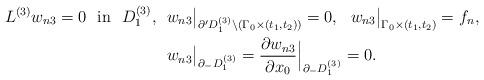
LaTeX: \begin{align*} L^{(3)}w_{n3}=0\ \ \mbox{in}\ \ D_1^{(3)},\ \ &w_{n3}\big|_{\partial'D_1^{(3)}\setminus(\Gamma_0\times(t_1,t_2))}=0,\ \ w_{n3}\big|_{\Gamma_0\times(t_1,t_2)}=f_n, \\ &w_{n3}\big|_{\partial_-D_1^{(3)}}=\frac{\partial w_{n3}}{\partial x_0}\Big|_{\partial_-D_1^{(3)}}=0. \end{align*}